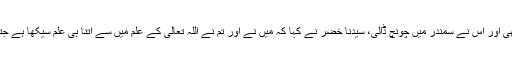
پھر ایک چڑیا آئی اور کشتی کے کنارے پر بیٹھی اور اس نے سمندر میں چونچ ڈالی، سیدنا خضرؑ نے کہا کہ میں نے اور تم نے اللہ تعالیٰ کے علم میں سے اتنا ہی علم سیکھا ہے جتنا اس چڑیا نے سمندر میں سے پانی کم کیا ہے۔